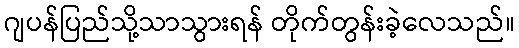
ဂျပန်ပြည်သို့သာသွားရန် တိုက်တွန်းခဲ့လေသည်။